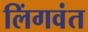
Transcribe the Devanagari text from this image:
लिंगवंत